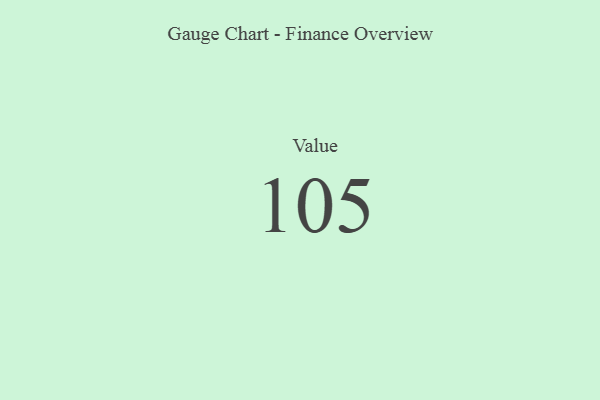
{"axis": {"x": "Metric", "y": "Value"}, "legend": [""], "data": [{"x": "Value", "y": 105, "type": ""}]}